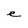
Character: e